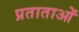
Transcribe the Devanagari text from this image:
प्रताताओं